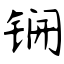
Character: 锎